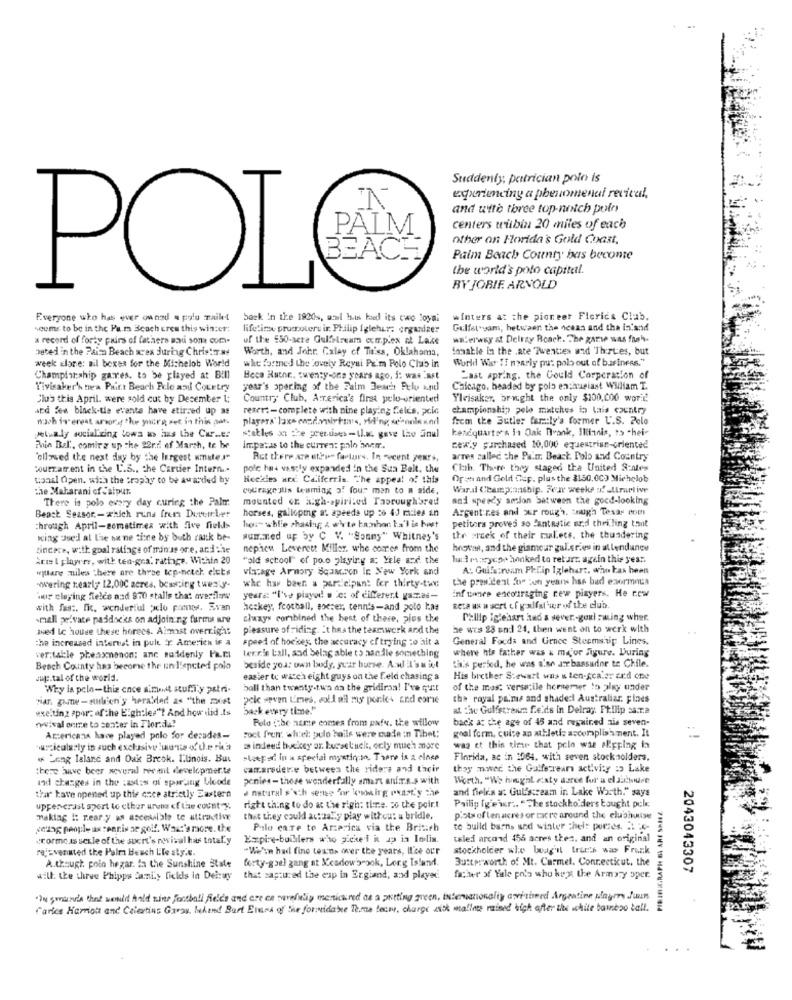
Suddenly, patrician pole is
egunencing a phenomenal revival,
and with three top-notch pole
PALM
centers tubin 20 miles of each
other on Florida's Gold Coast,
BEACH
Palm Beach County has become
the world's polo capital.
POL
BY JOBIF ARNOLD
Everyone who has ever owned a polo zailet
back In the 1920s, acil his hued its two loyal
winters at the pioneer Flerics Club.
seems to be in the Pa.ma Beach crew this win:cr:
lifetics promoteru ir. Philip Iglehur; organizer
Gulfet sam, hetw'aer the ocean and tha in'and
a record of forty pairs of fathers wad son com.
of the 550-acre Gulfstream com.p.ex of Lake
wHerway at Delray Beach. Che garse was fash-
Deted in the Palm Beach xces during Christmas
Worth, and Johr. Calay of Ti'ss, Oklahoma,
immable in the .ate Twenties and Therues, but
week Elone: ail boxes for the Michelob World
whe formed the lovely Reysi Pe'm Polo Club in
World War II nearly pu: polo out of business."
Champlarship gares. to be played at Bill
Beca Hutor. twenty-one years ago, i: was last
Last spring. the Gould Corporation of
Tivisaker's nea Print Beach Prle and Cotetry
year's spering of the Palm Beach Pelo knil
Chicago, headed by polo enthusiast William T.
Slu's this April. were sold cut by Desember L:
Country Club, AtTerica's first pelo-oriented
Ylvisaker, bright the only $100,000 worić
and See black-tie events have stirred up as
reser :- complete with nine playing fields, pcic
championship pelo matches in tais country
wach is erest among the youre set in this par.
players' lax- engdomirtos, Hiding se'sonle And
frem the Butler far:ly's former U.S. Polo
kendquarto's is Oak Drank, Illinois, ts -hei-
setualy socializing towa no has the Cure:
Fin Del'. comirz up the 22rid of March, te be
Impatas to the curren: palo werr.
newly purchased 20,000 equestrian-oriented
'allowed the next day by the largest mmutes"
Rct there are ethese factors. In recent years,
arren called the Palm Beach. Polo and Country
Courrament in the U.S ., the Cartier Interni.
polc has vastly expanded in the Sun Belt. the
Clib. There they staged tha United States
tonal Open. with the trophy to be awarded by
Herkes are Caiferris. The appeal of this
Open and Gold Cup. plus the 3150.000 Michelob
the Maharani of Jaipur.
courage ilis teaming of four man to a side,
Wardl Championship. Four weeks of ultrarlive
There is polo every day curing the Palm
mounted er a:gh-spirited Taoroughbred
and speedy sesion between the good-looking
horses, galloping a: speeds up :6 41 miles an
Argent res and our rough. tough Tesas com
Beast Seasor- which runs fren December
petitora proves so SantRatic ard thrilling tout
through April-sometimes with five fiells
ho:" while chasing; & white banhor t.a'l is host
king Use'd al the se ne tine by both rank be-
summed up by C V. "Sonny" Whitney's
the preek of their malecs. the thundering
tincece, with goal ralfage of minus ore, and the
nephew Leverett Miller, whe cortes from the
hrown, and the glamour gul.cries in attendance
Ariel playerr, with ten-gra. ratinge. Within 20
"old school" of poo playing a; Yele and the
lui marycop honked to ret art. again this yes :.
wjuare miles there are three tep-netch. eluts
vlacage Armory Sqascren In New York and
A: Gulfstream PREip Iglehart, who has been
whe has been a paralelpant fer thirty-tw:
the president for tun years has bad enormous
wwwering tearly 12,000 acres, beweging twenty-
mur playing fields and 970 stalls that overflow
years: "I've piayod a .c: of different yaz.es-
inf tones encouraging new players. He r.cw
with fast. fit, wonderful pelo pomnes. Svan
hockey, football, soeser, tennis-and polo 1.as
seta us w sort of y-xlfather of the club
mall private paddocks on adjoining furma une
always combined the best of these, plus the
Philip Iglehart had a sever-goul swing wher.
med Ic house these horecs. Aimast overright
pleasure of riding. it haa the teamwork and the
he wes 23 un: 24, then went on to werk with
the increased interest in pule x Americh is a
speed of hockey, the accuracy of trying to ait a
General Foods and Gence Steamship Lines.
tennis ball, and belag able to handle something
where his father was & mejor figure. During
ver:table pheasnonon; anc saidenly Far.I
ta's perled, he was also atr bassador te Chile.
Beach County has become the un l'epcted polo
beside your own body, ywar burse. And it's it
suje.tal of the world.
easier to witch eight guys on the Feld chasing a
His brother Stewart was & ten-scaler erd che
Why la polo-this ence simit stufi y astri-
boll than twenty-two as the gridiraa! I've quit
of the mas: versatile horsemer to play under
Har gue -subien'y heralded as "the mist
pcie seven times. coli of my porles End eorie
the royal palms and shaded Australiar. pines
wxciting sport of the Eighties"? And how lid .Is
back every time."
at the Gulfstrenr f.e.ds in Delray Philip sa:r.a
revival onme to senter in Fler:da?
Polo :: be zante comes from pafv. the willow
back at the age of 45 and regained zis seven-
goal form. cuire an athletic accomplish ment. It
Arzericana have played polo for decades-
Foot fren: whel: pelo baile were made in Tibet:
uclealasty in such exclusive !uunie of u.e rica
3 indeed hockey or. bursstuck, ocly much more
was et this time that polo was slipping in
« Long Island and Oui Breok. Ilinois. But
"Wepad in a special mystin:to. There is a cinco
Finrida, ac in 1064. with seven stocksolders.
there have beer aoverad reemit developmer.te
camarodere between the riders and tacir
they mwer the Gulfstream activity :> Lake
and changes in the :atis of sporting bicode
ponies - those wonderfully smart anirs.s with
Worth. "We hought caty darce for' a elaachidet
a natural sixth sense "or quoMirg Past'y the
and fieles a: Gulfstream in Lake Worth," says
thar have opened up this once strictly Eastern
Philip Ig e ir .. "The stockholders bought polk
uppenerast sport to ether uret of the country.
right thing to do at the righ: tiene. 50 the poir.t
making i: rear y an accesible te attracting
that they could actually play withcu: u bridle.
potsof enacres or ricre around the clubhouse
celof people as tennis se goif. Wac's racre. the
Pilo care to America via the British
to build barns sed winter chel: purres. 21 6-
«rormous serle of the sport's rwival has total.y
Expire-bullilers who pickel i ap ia Iolia.
taled arcond 455 acres thea. and an original
rejuvenated the Palm Beach Lile sty.e.
"M'in had fine texns over the years, Il'ce our
stockholder whe boag'st IrLet's way Frunk
forty-goe) gang at Meadowbrook, Long Island.
Butterworth of Mt. Carmel. Connecticut, the
A.though. polo hegar. In the Sunshine State
2043043307
will. the thrve Phipps Sanity fields in Delay
will the thrve Phipps Sanity fields in Dehay that captured the cup in Ergiand, and played.
father of Yale pois who kut the Armaty oper.
"In smaris that would hold nine facchall fields and are ca carefully mensicared as a putting green, internationaling avishmed Argentine plages Juin
Cartes Harroll and Creating Garas, behand Bart Erera of the formidable Terra tecne, charge with mallas rained high after the white banizo tall.